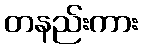
တနည်းကား